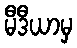
မီဒီယာမှ